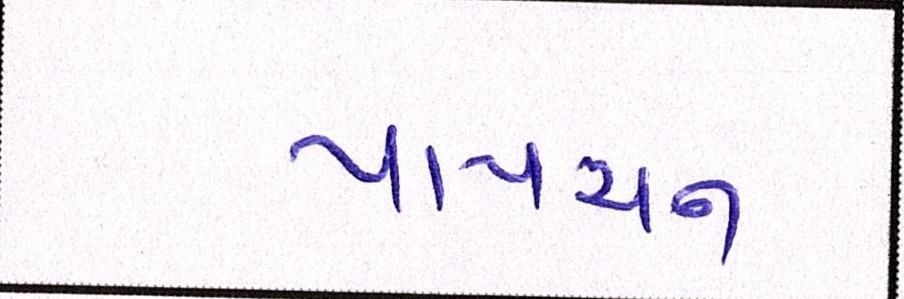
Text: પાપચન